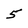
Character: 5